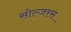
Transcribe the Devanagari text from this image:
सोल्जरस